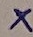
Text: +